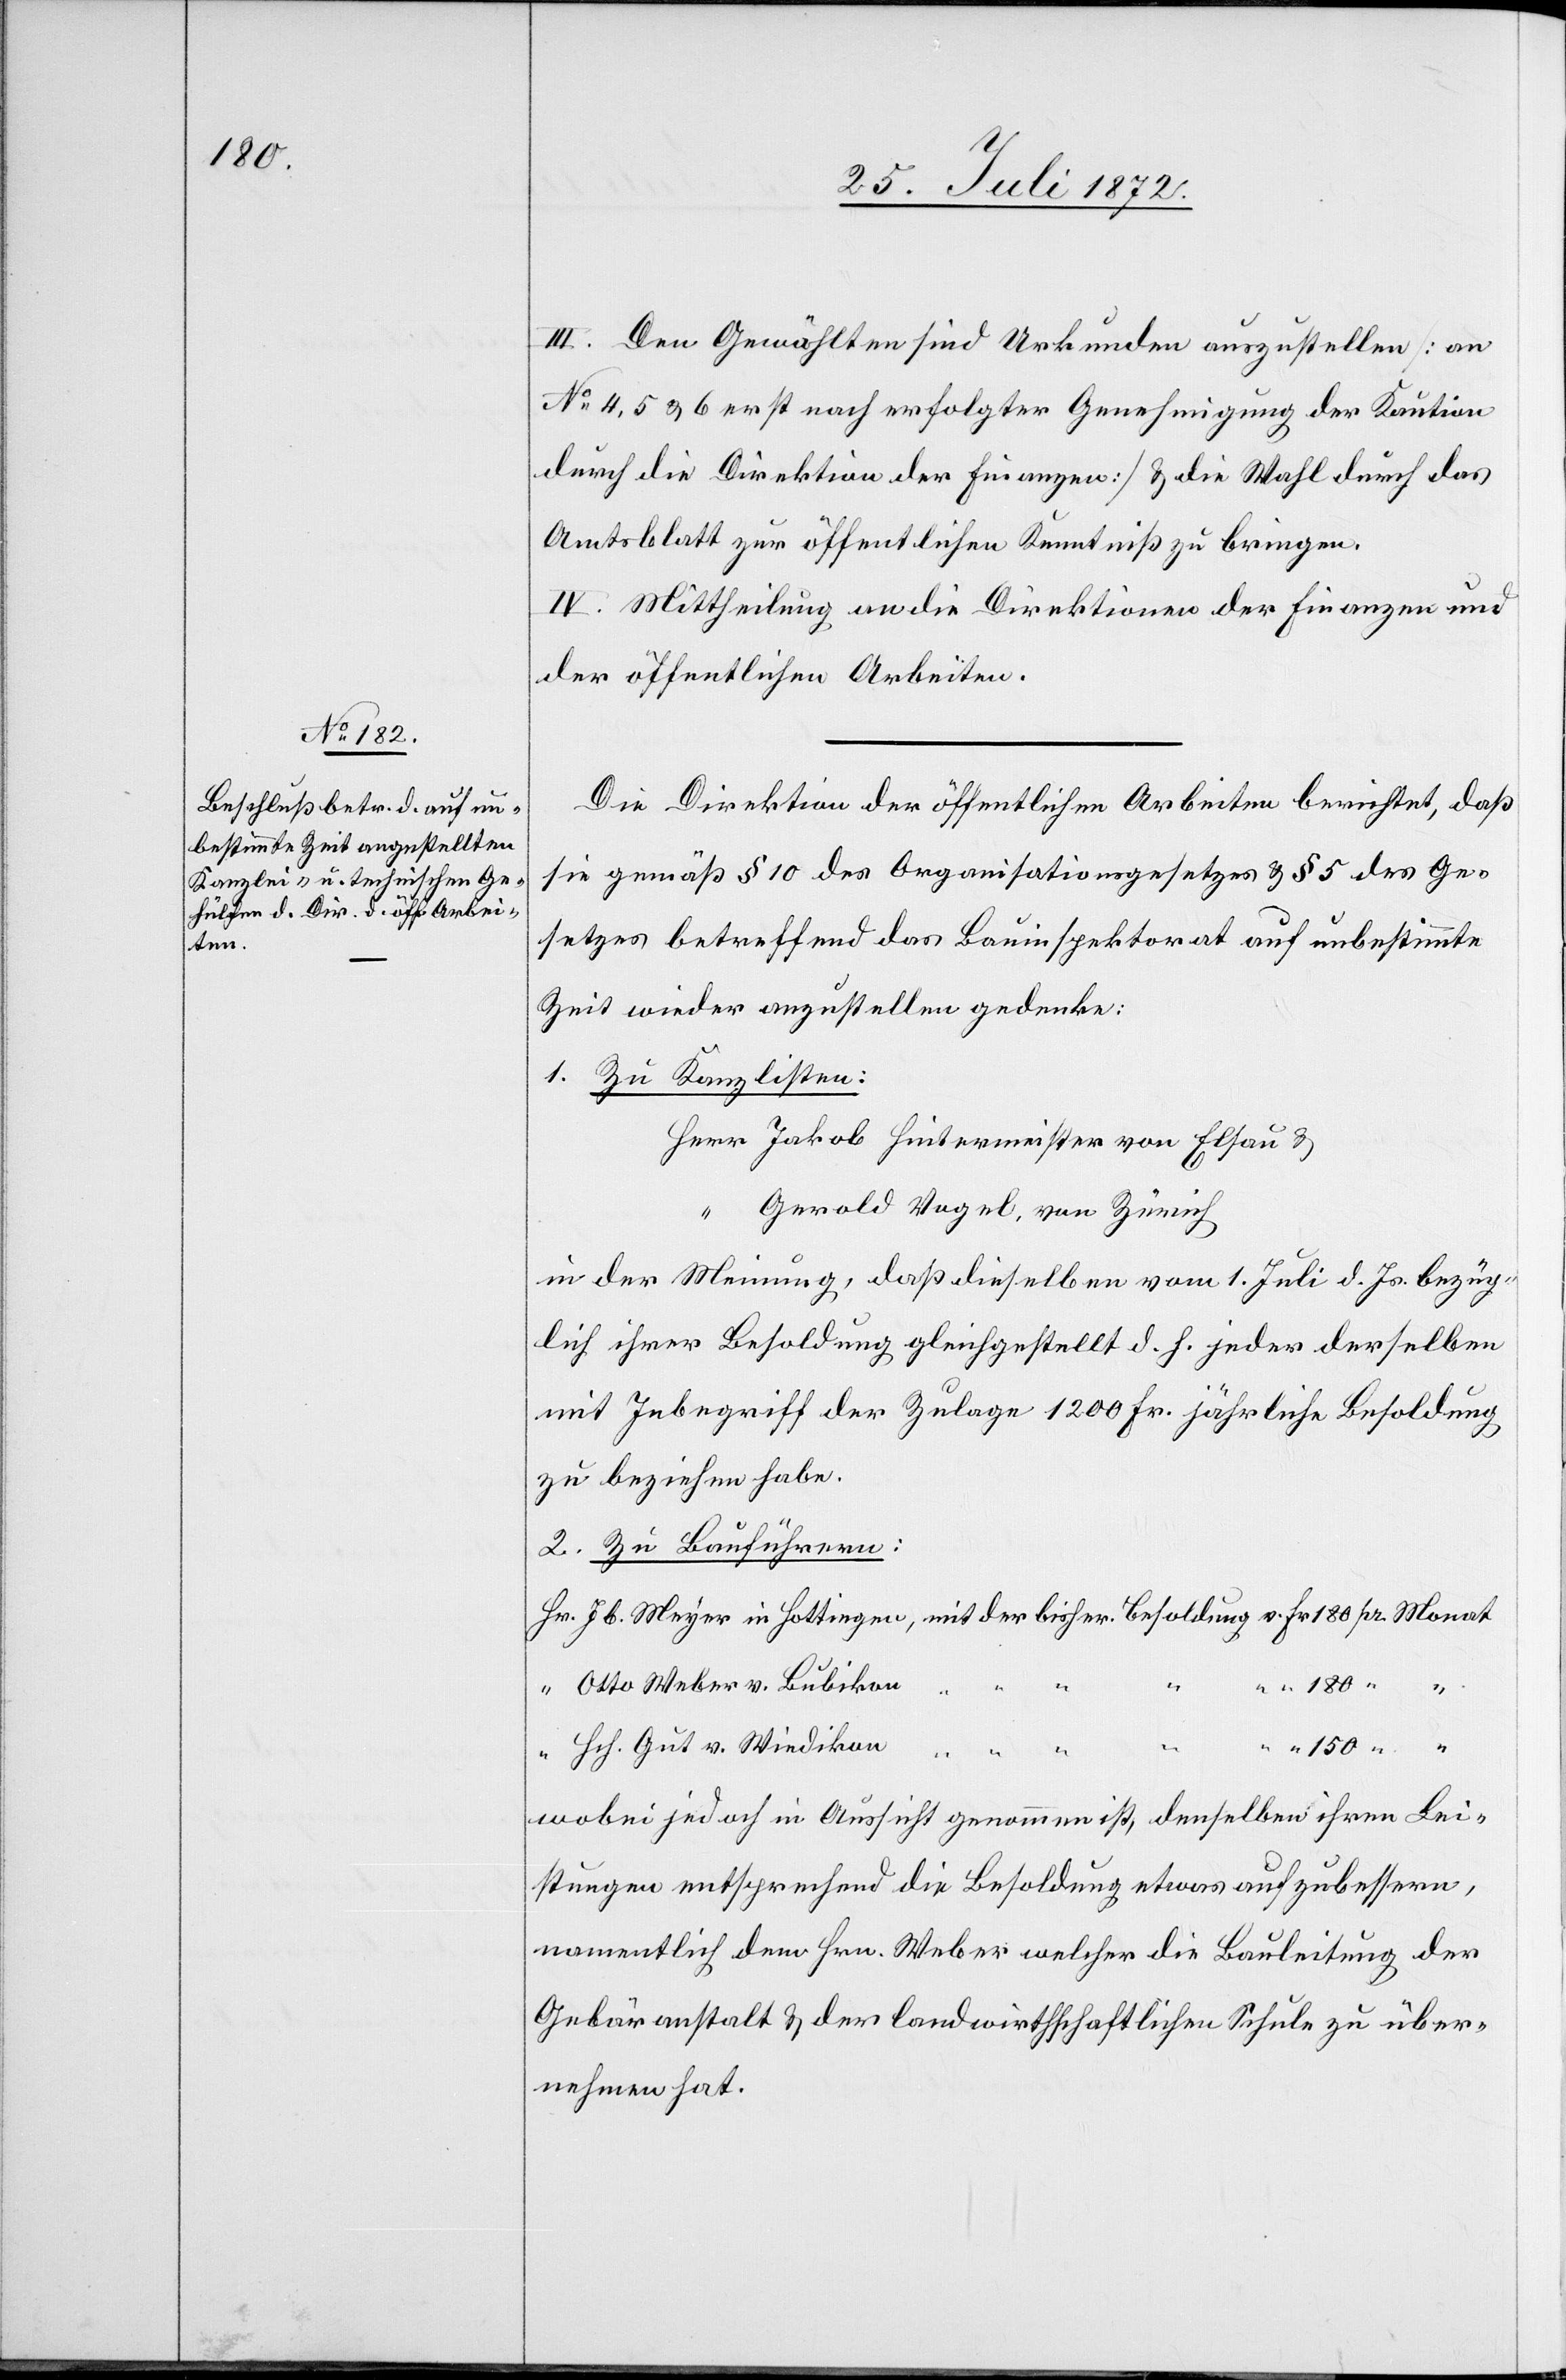
180

III. Den Gewählten sind Urkunden auszustellen [an
No 4, 5 u. 6 erst nach erfolgter Genehmigung der Kaution
durch die Direktion der Finanzen] & die Wahl durch das
Amtsblatt zur öffentlichen Kenntniß zu bringen.
IV. Mittheilung an die Direktionen der Finanzen und
der öffentlichen Arbeiten.
Die Direktion der öffentlichen Arbeiten berichtet, daß
sie gemäß § 10 des Organisationsgesetzes u. § 5 des Ge¬
setzes betreffend das Bauinspektorat auf unbestimmte
Zeit wieder anzustellen gedenke:
1. Zu Kanzlisten:
Gerold Vogel, von Zürich
in der Meinung, daß dieselben vom 1. Juli d. Js. bezüg¬
lich ihrer Besoldung gleichgestellt d. h. jeder derselben
mit Inbegriff der Zulage 1200 Fr. jährliche Besoldung
zu beziehen habe.
2. Zu Bauführern:
Monat
Otto Weber v. Bubikon
Fr.
Hch. Gut v. Wiedikon
“
150
wobei jedoch in Aussicht genommen ist, denselben ihren Lei¬
stungen entsprechend die Besoldung etwas aufzubessern,
namentlich dem Hrn. Weber welcher die Bauleitung der
Gebäranstalt u. der landwirthschaftlichen Schule zu über¬
nehmen hat.